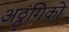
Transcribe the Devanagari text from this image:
अठ्ठ्ंगिको